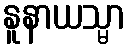
နူနာယသ္မာ